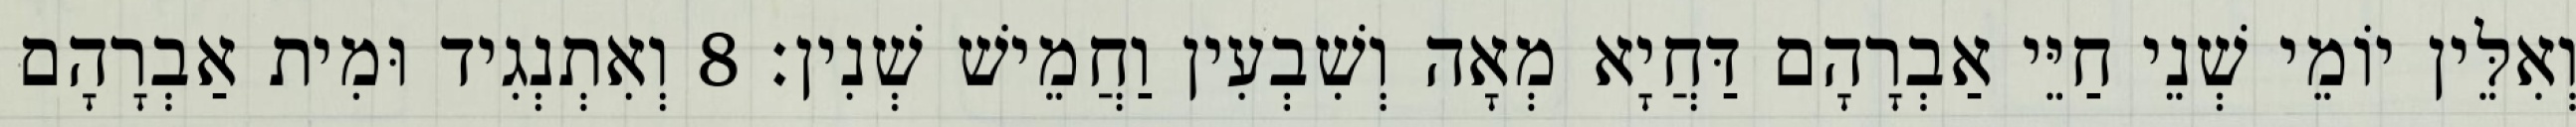
וְאִלֵּין יוֹמֵי שְׁנֵי חַיֵּי אַבְרָהָם דַּחֲיָא מְאָה וְשִׁבְעִין וַחֲמֵישׁ שְׁנִין׃ 8 וְאִתְנְגִיד וּמִית אַבְרָהָם